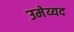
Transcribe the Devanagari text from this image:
उमेय्यद